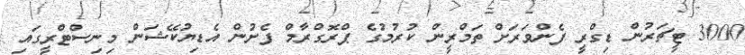
3000 ޓީޗަރުން ޑިގްރީ ފެންވަރަށް ތަމްރީން ކުރުމުގެ ޕްރޮގްރާމް ފެށުން އެޑިޔުކޭޝަން މިނިސްޓްރީގައި